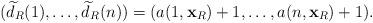
LaTeX: \begin{align*} ( \widetilde{d}_R(1),\ldots,\widetilde{d}_R(n)) = (a(1,{\bf x}_R)+1,\ldots,a(n, {\bf x}_R)+1).\end{align*}